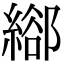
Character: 𦃛